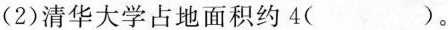
(2)清华大学占地面积约4()。